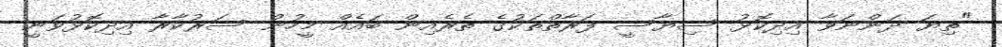
"ތިޔަ ދަންނަވާ އިދިކޮޅު ސިޔާސީ ފަރާތްތަކުގެ ތެރެއިން ބައެއް މީހުން ސަރުކާރާ އިދިކޮޅުވަނީ